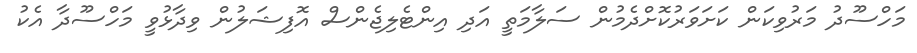
މަހްސޫދު މަރުވިކަން ކަށަވަރުކޮށްދެމުން ސަލާމަތީ އަދި އިންޓެލިޖެންސް އޮފިޝަލުން ވިދާޅުވީ މަހްސޫދާ އެކު